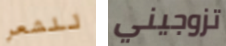
للشعر تزوجيني